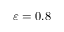
\varepsilon = 0 . 8